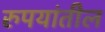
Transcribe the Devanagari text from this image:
रुपयांतील